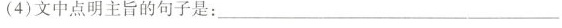
(4)文中点明主旨的句子是：___。